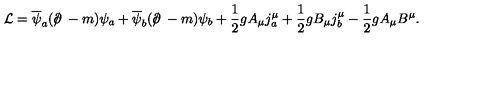
{ \cal L } = \overline { { \psi } } _ { a } ( { \ooalign { \hfil / \hfil \crcr \partial } } - m ) \psi _ { a } + \overline { { \psi } } _ { b } ( { \ooalign { \hfil / \hfil \crcr \partial } } - m ) \psi _ { b } + \frac { 1 } { 2 } g A _ { \mu } j _ { a } ^ { \mu } + \frac { 1 } { 2 } g B _ { \mu } j _ { b } ^ { \mu } - \frac { 1 } { 2 } g A _ { \mu } B ^ { \mu } .